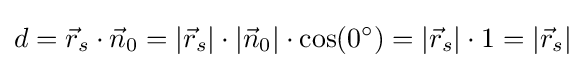
d={\vec {r}}_{s}\cdot {\vec {n}}_{0}=|{\vec {r}}_{s}|\cdot |{\vec {n}}_{0}|\cdot \cos(0^{\circ })=|{\vec {r}}_{s}|\cdot 1=|{\vec {r}}_{s}|